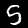
Digit: 5